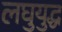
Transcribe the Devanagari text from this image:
लघुयुद्ध